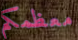
معظمكم